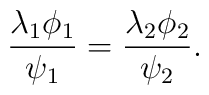
\frac{\lambda_{1}\phi_{1}}{\psi_{1}}=\frac{\lambda_{2}\phi_{2}}{\psi_{2}}.